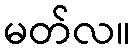
မတ်လ။